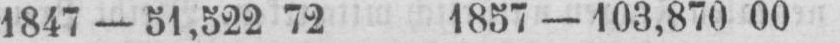
1847 - 51‚522 72 1857 - 103‚870 00